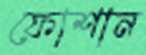
ফোশান